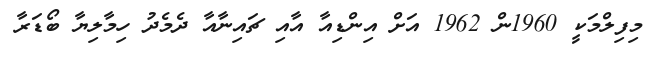
މިފިލްމަކީ 1960ން 1962 އަށް އިންޑިއާ އާއި ޗައިނާއާ ދެމެދު ހިމާލިޔާ ބޯޑަރާ